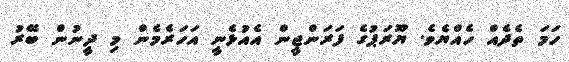
ހަމަ ތެދެއް ހެއްޔެވެ. ޔޫރަޕުގެ ފަރަންޖީން އެއުޅެނީ އަހަރެމެން މި ދީނުން ބޭރު